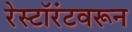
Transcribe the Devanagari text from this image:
रेस्टॉरंटवरून